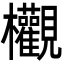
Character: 欟